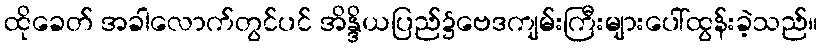
ထိုခေတ် အခါလောက်တွင်ပင် အိန္ဒိယပြည်၌ဗေဒကျမ်းကြီးများပေါ်ထွန်းခဲ့သည်။